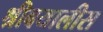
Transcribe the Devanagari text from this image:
श्रीबयालीस